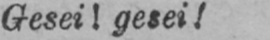
Gesei! gesei!